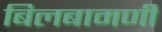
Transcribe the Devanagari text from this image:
बिलबामणी